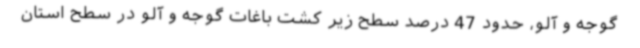
گوجه و آلو، حدود 47 درصد سطح زیر کشت باغات گوجه و آلو در سطح استان